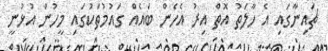
ޗައިނާގައި އެ ހާލަތު އޮތް އިރު އެހެން ބައެއް ގައުމުތަކުގައި މީހުން އުޅުނީ